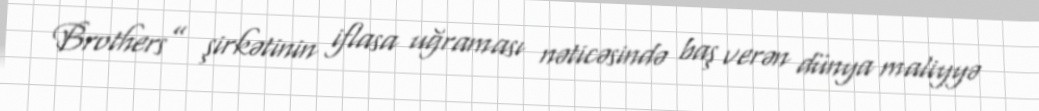
Brothers” şirkətinin iflasa uğraması nəticəsində baş verən dünya maliyyə